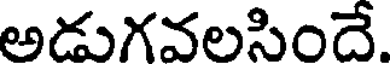
అడుగవలసిందే.